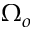
\Omega _ { o }